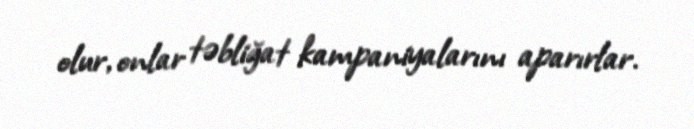
olur, onlar təbliğat kampaniyalarını aparırlar.